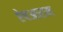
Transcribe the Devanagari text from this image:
ऐषआराम